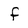
Character: f